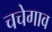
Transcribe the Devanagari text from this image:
चचेगाव